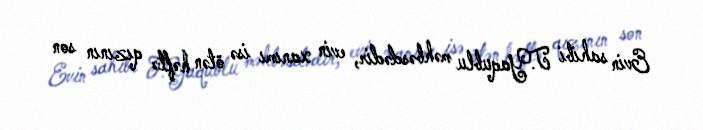
Evin sahibi T.Yaqublu məhbəsdədir, evin xanımı isə ötən həftə qızının son